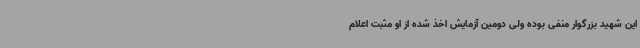
این شهید بزرگوار منفی بوده ولی دومین آزمایش اخذ شده از او مثبت اعلام